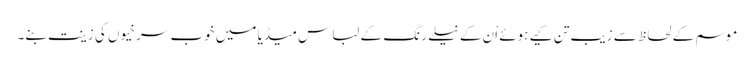
موسم کے لحاظ سے زیب تن کیے ہوئے اْن کے نیلے رنگ کے لباس میڈیا میں خوب سرخیوں کی زینت بنے۔